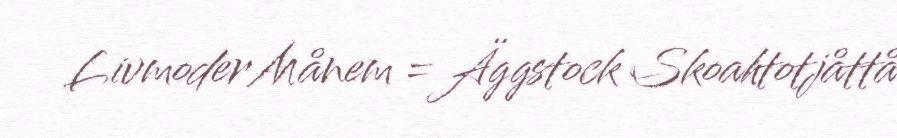
Livmoder Månem = Äggstock Skoahtotjåttå